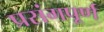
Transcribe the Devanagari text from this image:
प्रसंगपूर्ण